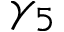
\gamma _ { 5 }